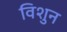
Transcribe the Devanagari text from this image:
विशुन